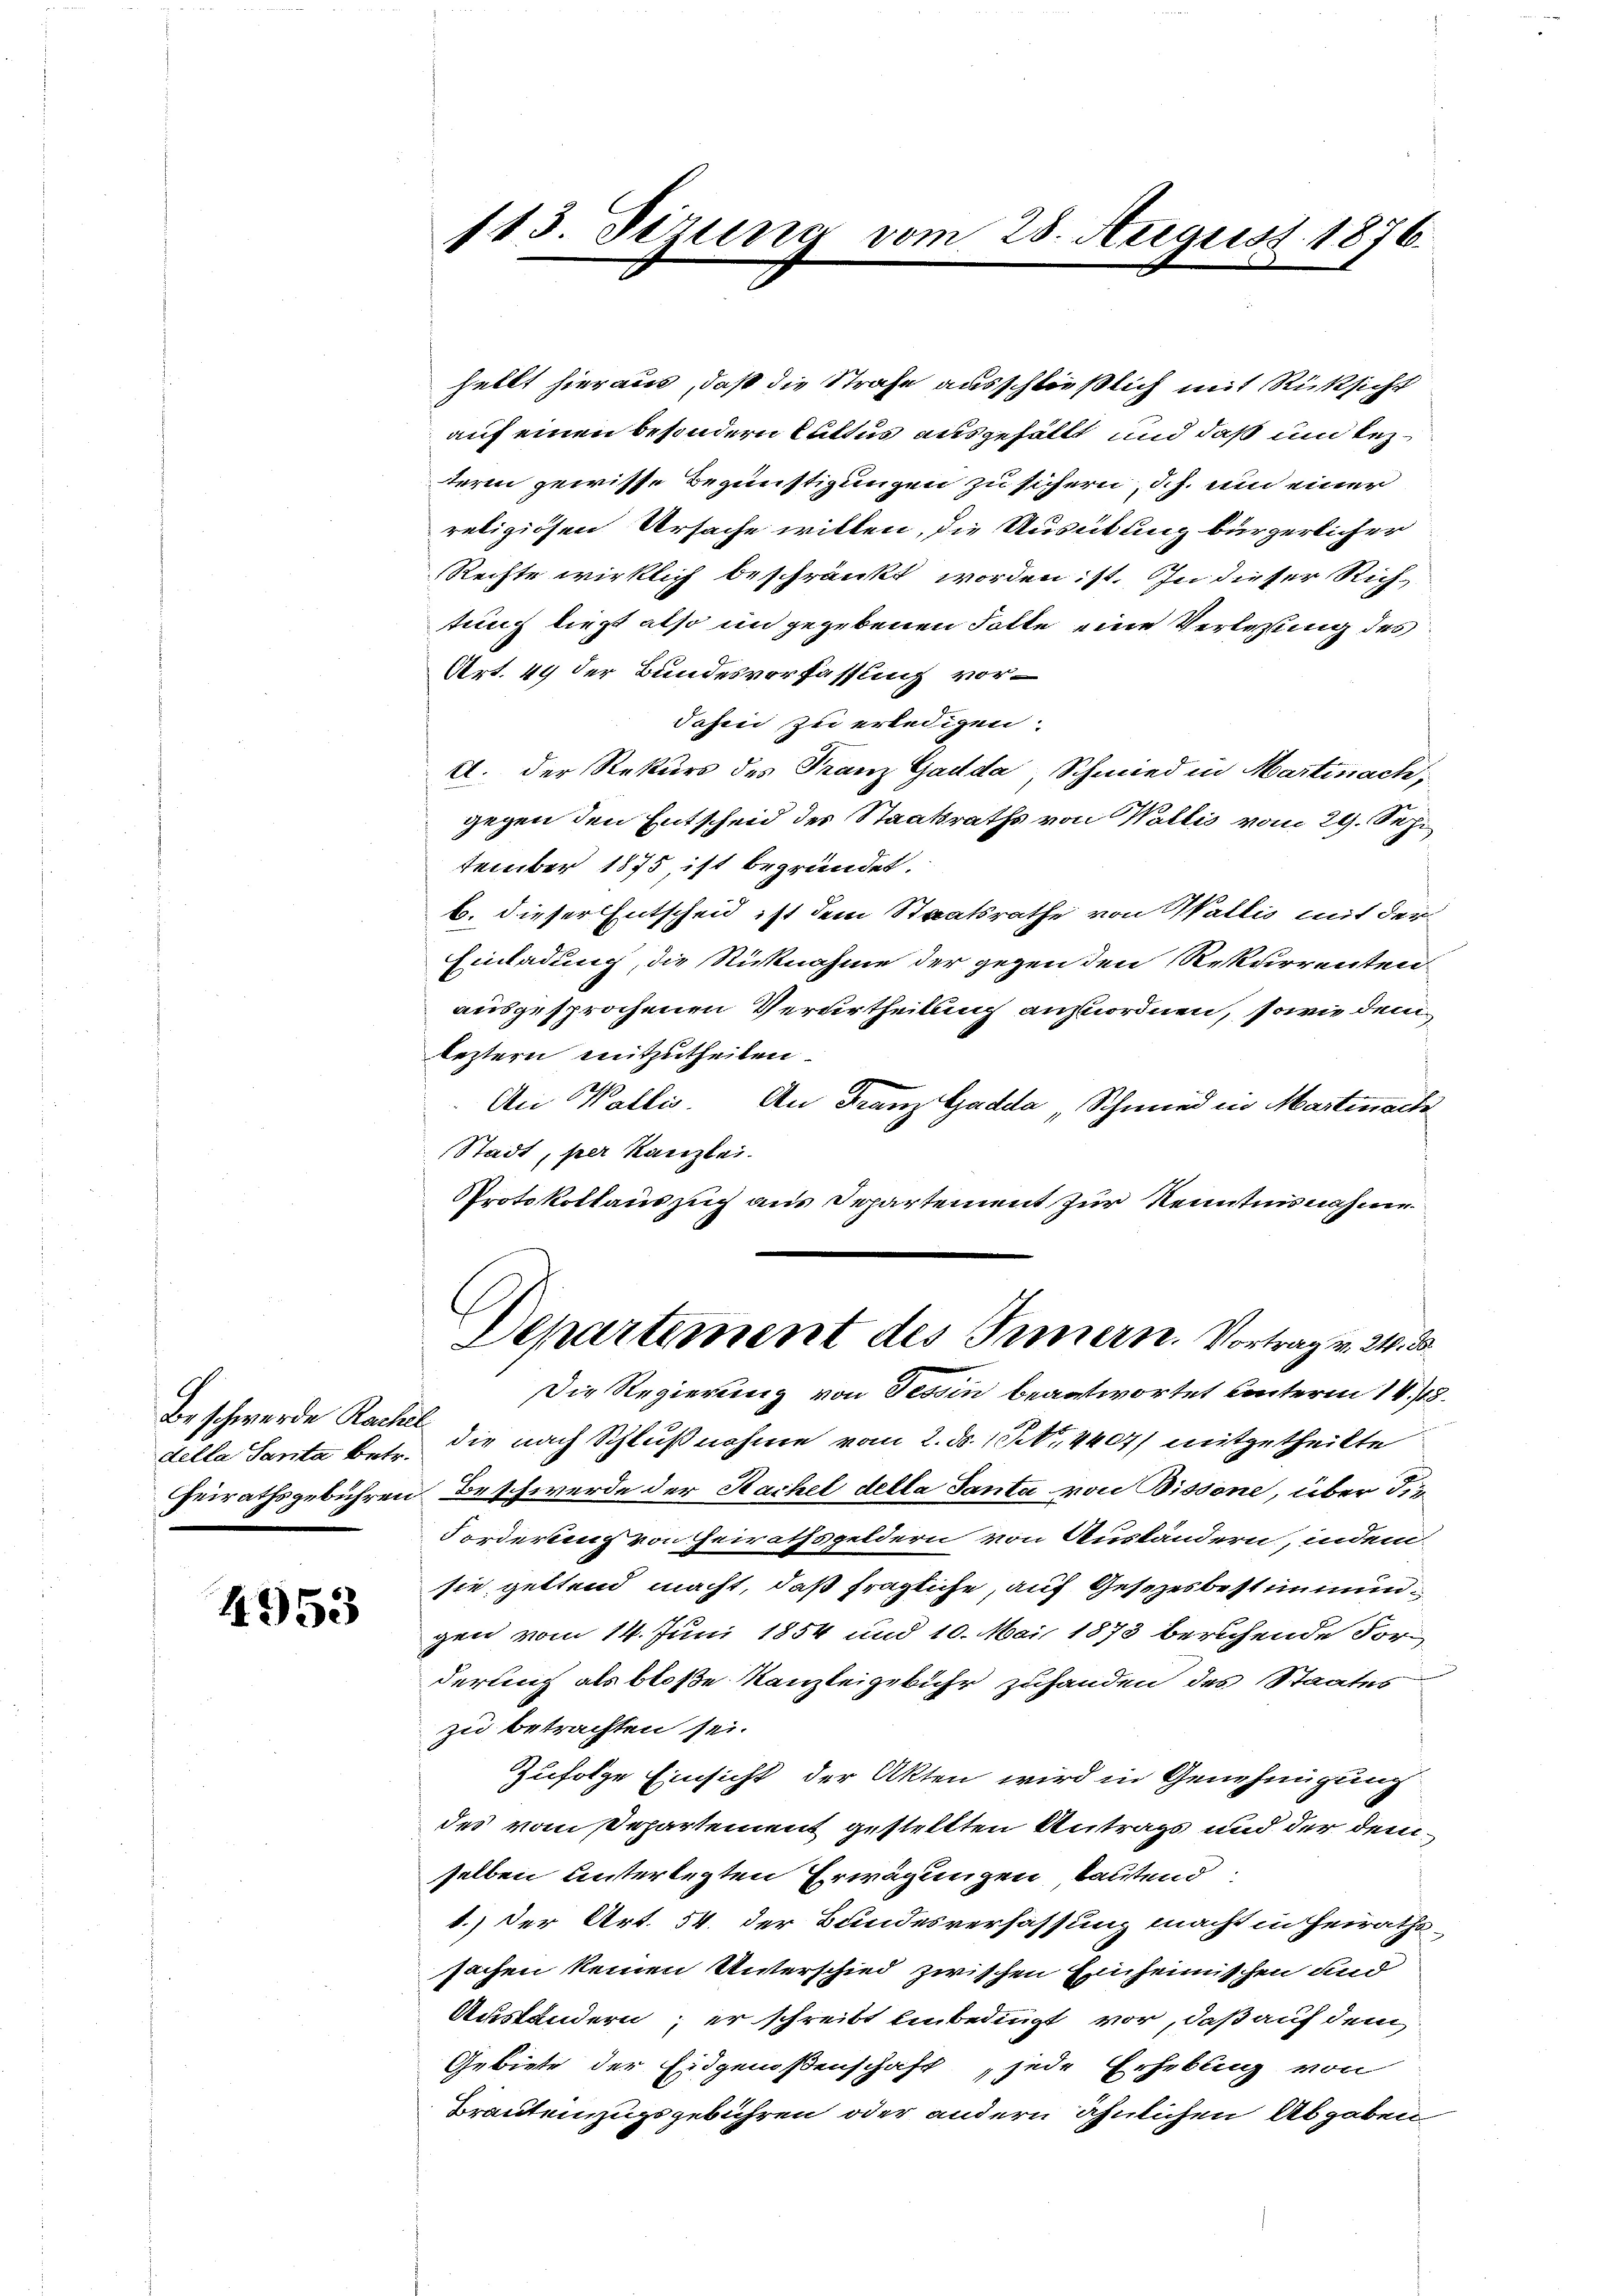
della Santa betr.

4953

113. Sizung vom 28. August 1876.

hellt hieraus, daß die Strafe ausschließlich mit Rücksicht
auf einen besondern Cultus ausgefällt und daß und lezteren gewisse Begünstigungen zu sichern, ich um einer
religiosen Ursache willen, die Ausübung bürgerlicher
Rechte wirklich beschränkt worden ist. In dieser Rich-
tung ließt also im gegebenen Folle eine Verlesung des
Art. 49 der Bundesverfassung vordahin zu erledigen.
A. der Rekurs des Franz Garda, Schmied in Martinach,
gegen den Entscheid des Staatsraths von Wallis vom 29. Sep
tember 1875, ist begründet.
b. dieser Entscheid ist dem Staatsrathe von Wallis mit der
Einladung, die Rücknahme der gegen den Rekurrenten
ausgesprochenen Verurtheilung anzuordnen, sowie denleztern mitzutheilen.
An Wallis. An Franz Gadda Schmied in Martinach
Stadt, per Kanzlei.
Protokollauszug aus Departement zur Kenntnisnahme
Departement des Innern. Vortrag v. 24. d.
Die Regierung von Tessin beantwortet unterm 14./18.
De schwerde Rachel die nach Schlußnahme vom 2. ds. 1. No. 4407/ mitgetheilte
heirathsgebühren Beschwerde der Sachel della Santa von Bissone, über die¬
Forderten von Heirathsgeldern von Ausländern, indem
sie geltend macht, daß fragliche, auf Gesetzesbestimmungen vom 14. Juni 1854 und 10. Mai 1873 beruhende For
derung als bloße Kanzleigebühr zuhanden des Staates
zu betrachten sei.
Zufolge Einsicht der Akten wird in Genehmigung
des vom Departement gestellten Antrags und der demselben unterlegten Erwägungen, lautend
1.) Der Art. 54 der Bundesverfassung macht in Heiraths-
sachen keinen Unterschied zwischen Einheimischen und
Austandern; er schreibt einbedingt vor, daß auf dem
Gebiete der Eidgenoßenschaft, jede Erhebung von
Brauteinzugsgebühren oder andern ähnlichen Abgaben